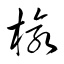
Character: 楡